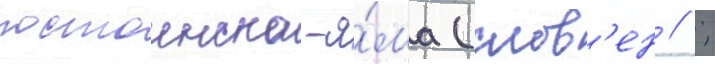
постоинска-я́ма (слов'ен // ;